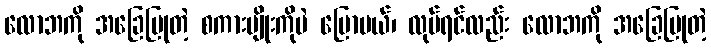
လောဘကို အခြေပြုတဲ့ စကားမျိုးကိုပဲ ပြောမယ်၊ လုပ်ရင်လည်း လောဘကို အခြေပြုတဲ့